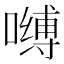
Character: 𰈶